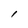
Character: l